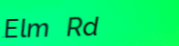
Elm Rd